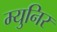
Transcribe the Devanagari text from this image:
म्युनिर